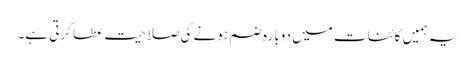
یہ ہمیں کائنات میں دوبارہ ضم ہونے کی صلاحیت عطا کرتی ہے۔